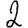
Digit: 2